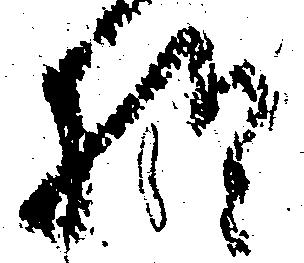
様